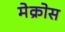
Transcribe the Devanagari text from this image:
मेक्रोस